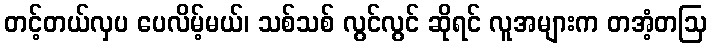
တင့်တယ်လှပ ပေလိမ့်မယ်၊ သစ်သစ် လွင်လွင် ဆိုရင် လူအများက တအံ့တဩ